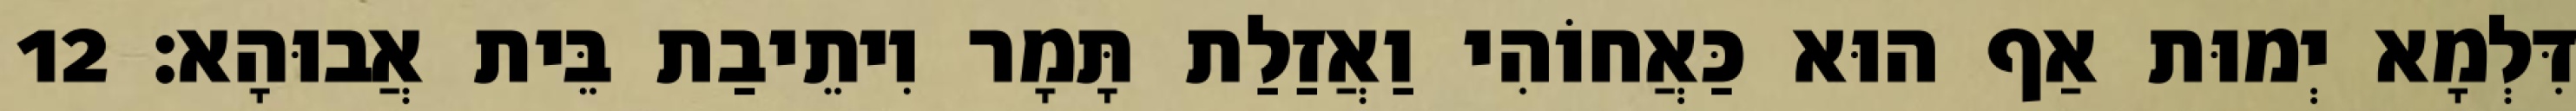
דִּלְמָא יְמוּת אַף הוּא כַּאֲחוֹהִי וַאֲזַלַת תָּמָר וִיתֵיבַת בֵּית אֲבוּהָא׃ 12